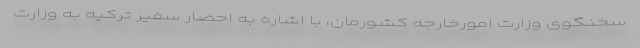
سخنگوی وزارت امورخارجه کشورمان، با اشاره به احضار سفیر ترکیه به وزارت